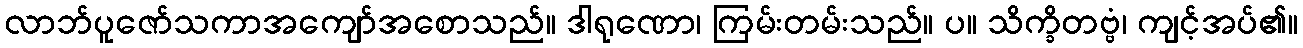
လာဘ်ပူဇော်သကာအကျော်အစောသည်။ ဒါရုဏော၊ ကြမ်းတမ်းသည်။ ပ။ သိက္ခိတဗ္ဗံ၊ ကျင့်အပ်၏။